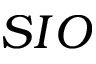
S I O